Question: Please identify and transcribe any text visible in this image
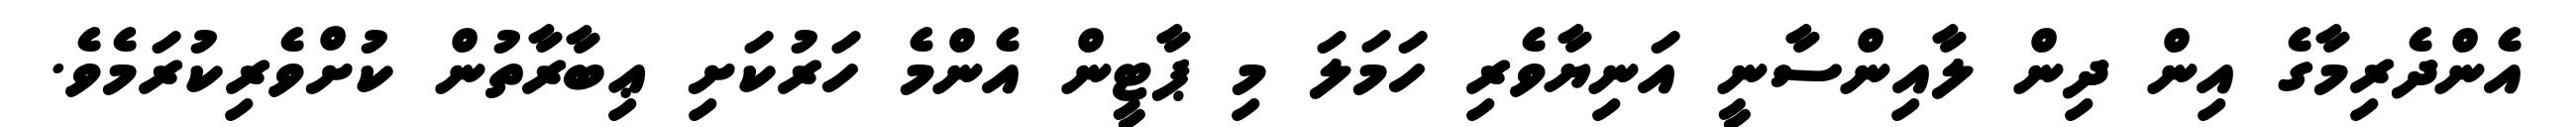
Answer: އެންދެރިމާގެ އިން ދިން ލާއިންސާނީ އަނިޔާވެރި ހަމަލަ މި ޕާޓީން އެންމެ ހަރުކަށި ޢިބާރާތުން ކުށްވެރިކުރަމެވެ.